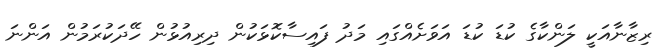
ރިޒާނާއަކީ ލަންކާގެ ކުޑަ ކުޑަ އަވަށެއްގައި މަދު ފައިސާކޮޅަކުން ދިރިއުޅުން ހޭދަކުރަމުން އަންނަ